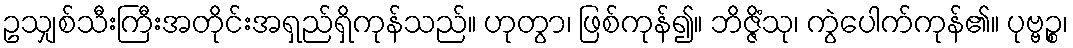
ဥသျှစ်သီးကြီးအတိုင်းအရှည်ရှိကုန်သည်။ ဟုတွာ၊ ဖြစ်ကုန်၍။ ဘိဇ္ဇိံသု၊ ကွဲပေါက်ကုန်၏။ ပုဗ္ဗဉ္စ၊